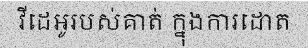
វីដេអូរបស់គាត់ ក្នុងការដោត